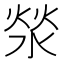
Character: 𰜉